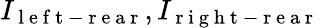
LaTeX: I_{\mathrm{~l~e~f~t~-~r~e~a~r~}},I_{\mathrm{~r~i~g~h~t~-~r~e~a~r~}}